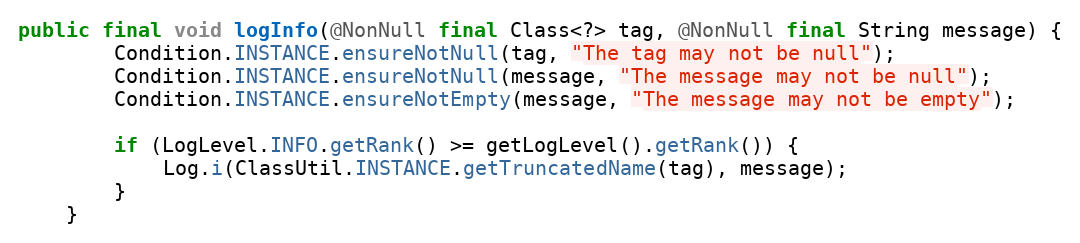
Language: Java
public final void logInfo(@NonNull final Class<?> tag, @NonNull final String message) {
        Condition.INSTANCE.ensureNotNull(tag, "The tag may not be null");
        Condition.INSTANCE.ensureNotNull(message, "The message may not be null");
        Condition.INSTANCE.ensureNotEmpty(message, "The message may not be empty");

        if (LogLevel.INFO.getRank() >= getLogLevel().getRank()) {
            Log.i(ClassUtil.INSTANCE.getTruncatedName(tag), message);
        }
    }